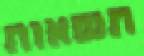
תשאות